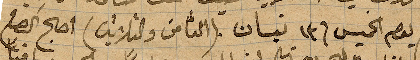
يوم الخميس في ١٣ نيسان (الثامن والثلاثين) اصبح الصبح